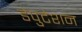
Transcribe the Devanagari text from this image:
डेपुटेशन